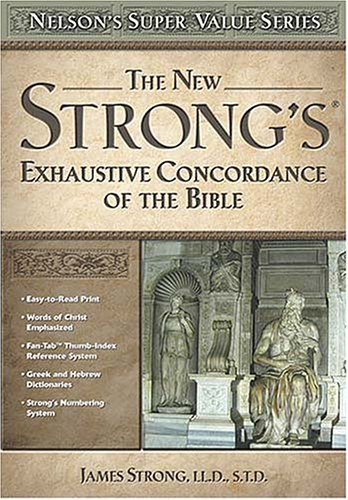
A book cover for New Strong's Exhaustive Concordance; James Strong; Christian Books & Bibles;